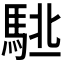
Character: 𱄙